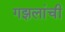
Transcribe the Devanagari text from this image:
गझलांची